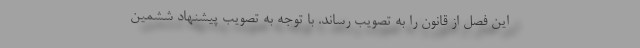
این فصل از قانون را به تصویب رساند. با توجه به تصویب پیشنهاد ششمین